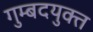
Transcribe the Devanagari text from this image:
गुम्बदयुक्त